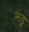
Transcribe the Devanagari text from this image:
भंडु